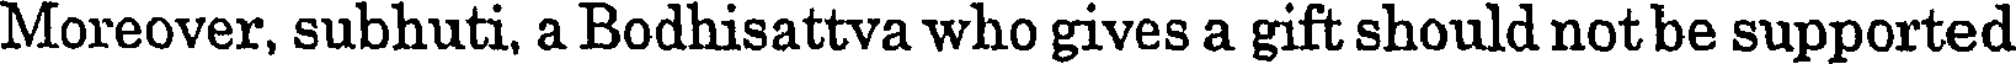
Moreover, subhuti, a Bodhisattva who gives a gift should not be supported